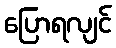
ပြောရလျင်